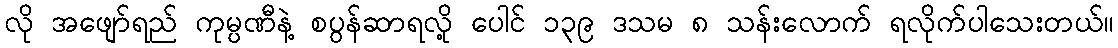
လို အဖျော်ရည် ကုမ္ပဏီနဲ့ စပွန်ဆာရလို့ ပေါင် ၁၃၉ ဒသမ ၈ သန်းလောက် ရလိုက်ပါသေးတယ်။